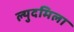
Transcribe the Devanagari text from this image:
ल्युदमिला